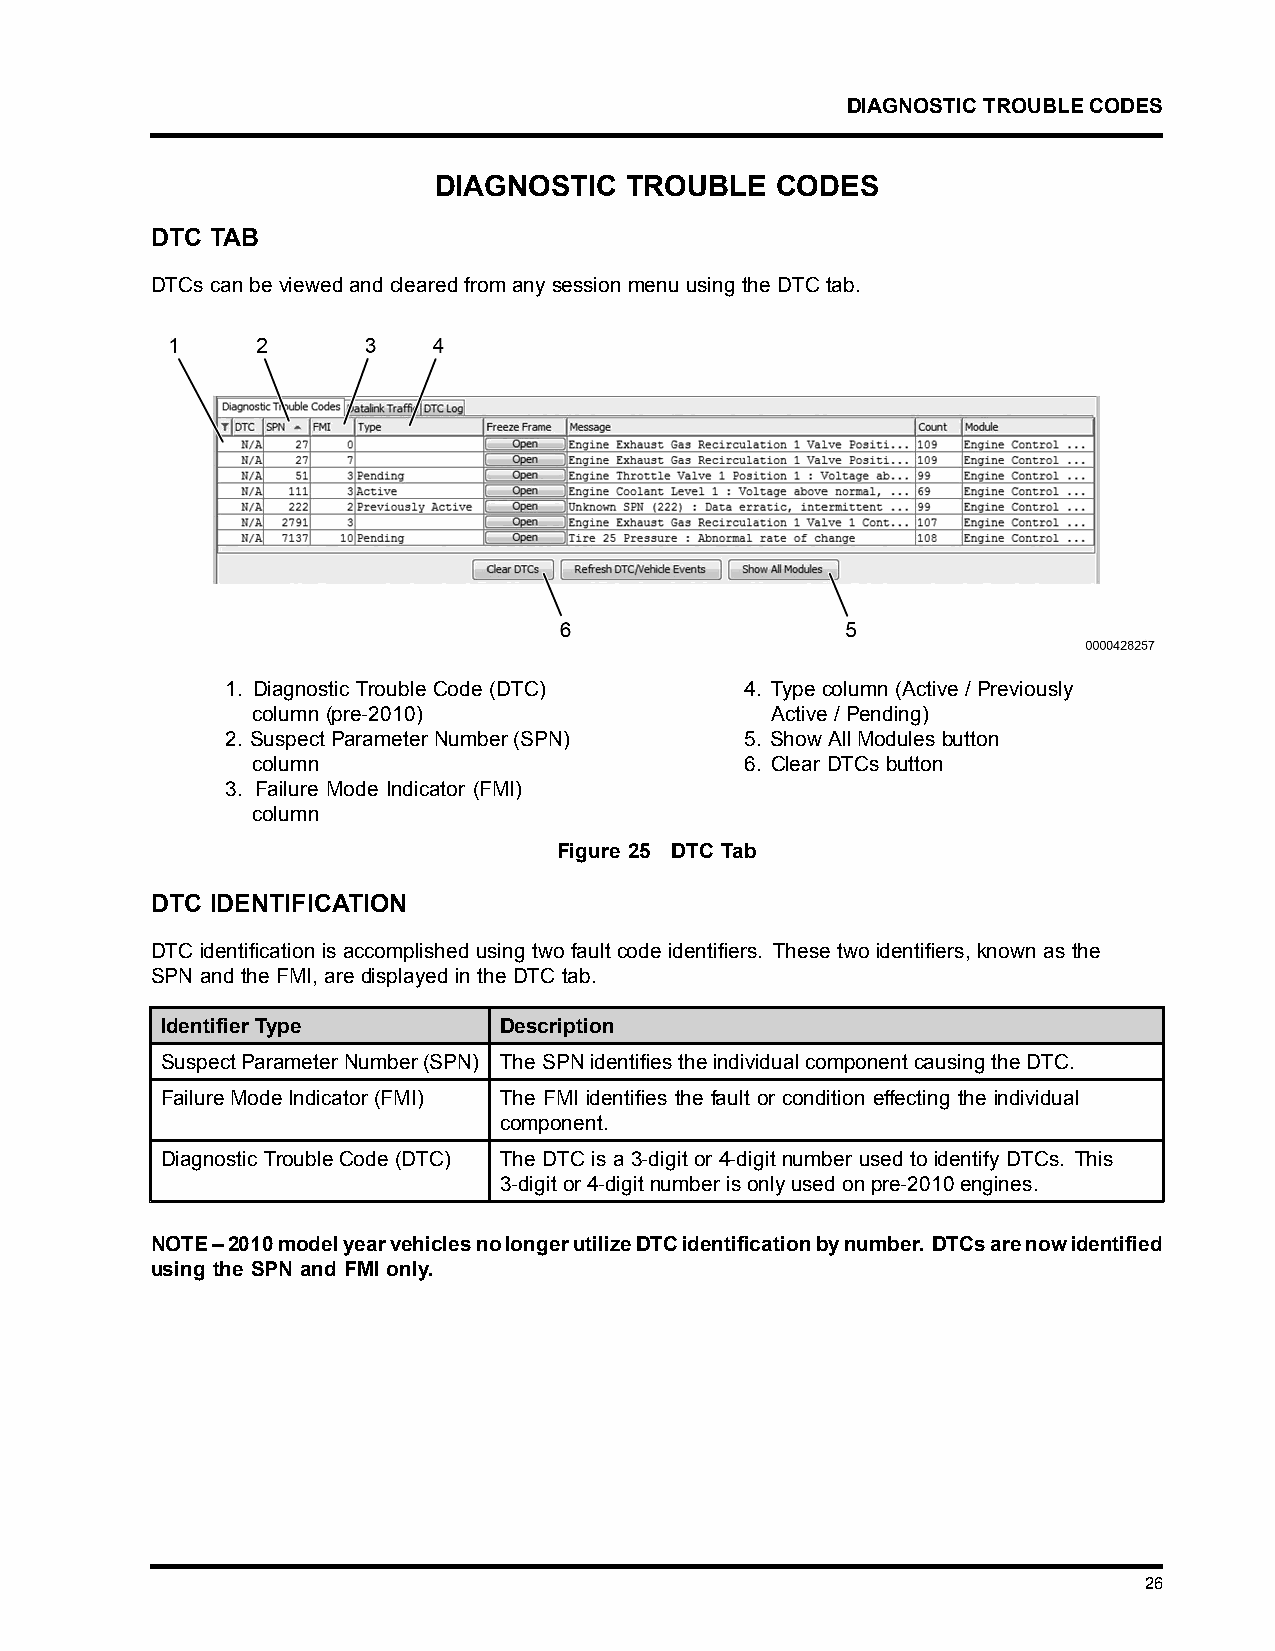
DIAGNOSTICTROUBLECODES
 DIAGNOSTIC  TROUBLE   CODES
 DTC TAB
 DTCscanbeviewedandclearedfromanysessionmenuusingtheDTCtab.
 1. Diagnostic Trouble Code (DTC)  4. Type column (Active / Previously
 column (pre-2010)                 Active / Pending)
 2. SuspectParameterNumber(SPN)    5. ShowAllModulesbutton
 column                          6. Clear DTCs button
 3. Failure Mode Indicator (FMI)
 column
 Figure 25 DTC Tab
 DTC IDENTIFICATION
 DTC identification is accomplished using two fault code identifiers. These two identifiers, known as the
 SPN and the FMI, are displayed in the DTC tab.
 Identifier Type       Description
 SuspectParameterNumber(SPN) TheSPNidentifiestheindividualcomponentcausingtheDTC.
 FailureModeIndicator(FMI) The FMI identifies the fault or condition effecting the individual
 component.
 DiagnosticTroubleCode(DTC) The DTC is a 3-digit or 4-digit number used to identify DTCs. This
 3-digitor4-digitnumberisonlyusedonpre-2010engines.
 NOTE–2010modelyearvehiclesnolongerutilizeDTCidentificationbynumber. DTCsarenowidentified
 using the SPN and FMI only.
 26